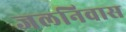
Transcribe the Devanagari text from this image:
जलनिवास